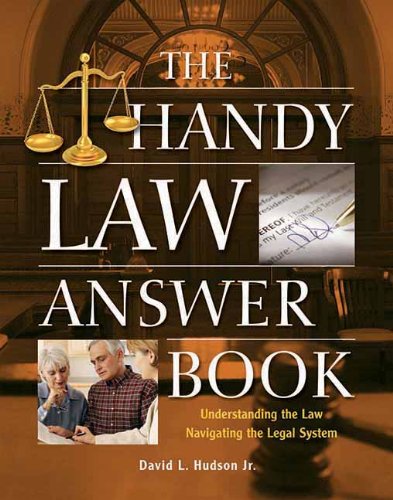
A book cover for The Handy Law Answer Book (The Handy Answer Book Series); David L Hudson; Law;